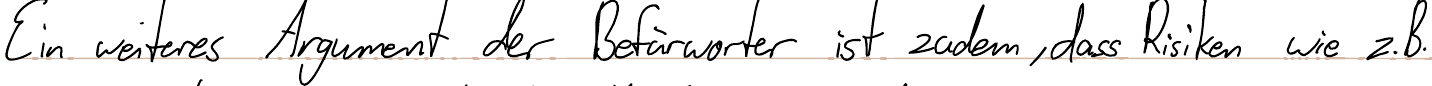
Ein weiteres Argument der Befürworter ist zudem, dass Risiken wie z.B.